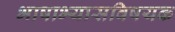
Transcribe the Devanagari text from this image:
भाषाभ्यासविषयक